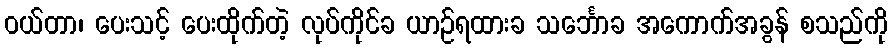
ဝယ်တာ၊ ပေးသင့် ပေးထိုက်တဲ့ လုပ်ကိုင်ခ ယာဉ်ရထားခ သင်္ဘောခ အကောက်အခွန် စသည်ကို